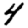
Digit: 4